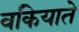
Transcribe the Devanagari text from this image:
वकियाते